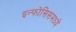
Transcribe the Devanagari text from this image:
इन्फोसिसमध्ये